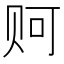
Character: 𲂿